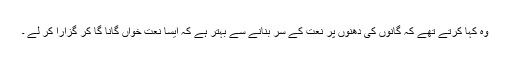
وہ کہا کرتے تھے کہ گانوں کی دھنوں پر نعت کے سر بنانے سے بہتر ہے کہ ایسا نعت خواں گانا گا کر گزارا کر لے ۔